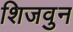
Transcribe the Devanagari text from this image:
शिजवुन